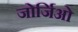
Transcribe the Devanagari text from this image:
जोर्जिओ